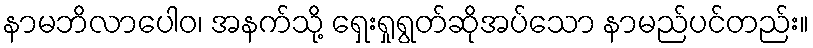
နာမဘိလာပေါဝ၊ အနက်သို့ ရှေးရှုရွတ်ဆိုအပ်သော နာမည်ပင်တည်း။